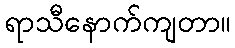
ရာသီနောက်ကျတာ။